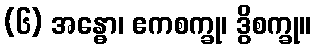
(၆) အန္ဓော၊ ဧကစက္ခု၊ ဒွိစက္ခု။